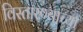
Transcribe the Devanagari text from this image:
विस्तारण्याच्या